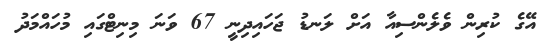
އޭގެ ކުރިން ވެލެންސިއާ އަށް ލަނޑު ޖަހައިދިނީ 67 ވަނަ މިނިޓްގައި މުހައްމަދު